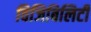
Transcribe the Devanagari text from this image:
विजिबिलिटी